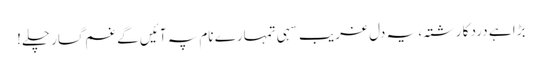
بڑا ہے درد کا رشتہ، یہ دل غریب سہی تمہارے نام پہ آئیں گے غم گسار چلے!